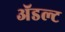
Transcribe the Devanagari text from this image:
ॲडल्ट